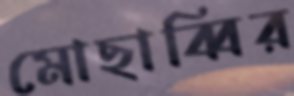
মোছাব্বির